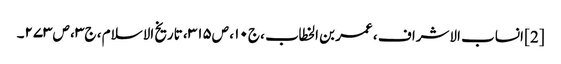
[2] انساب الاشراف ، عمر بن الخطاب ، ج۱۰ ، ص۳۱۵ ، تاریخ الاسلام ، ج۳ ، ص۲۷۳۔